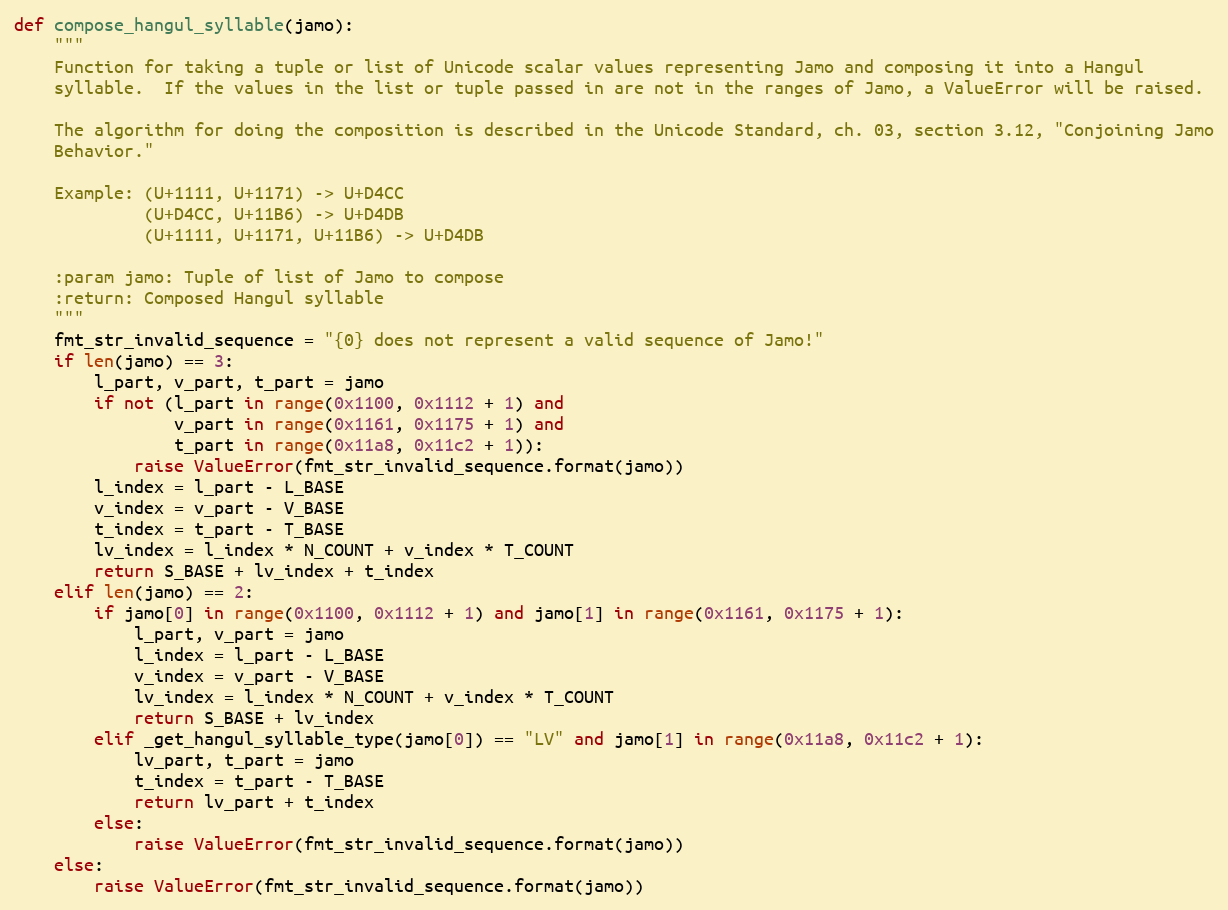
Language: Python
def compose_hangul_syllable(jamo):
    """
    Function for taking a tuple or list of Unicode scalar values representing Jamo and composing it into a Hangul
    syllable.  If the values in the list or tuple passed in are not in the ranges of Jamo, a ValueError will be raised.

    The algorithm for doing the composition is described in the Unicode Standard, ch. 03, section 3.12, "Conjoining Jamo
    Behavior."

    Example: (U+1111, U+1171) -> U+D4CC
             (U+D4CC, U+11B6) -> U+D4DB
             (U+1111, U+1171, U+11B6) -> U+D4DB

    :param jamo: Tuple of list of Jamo to compose
    :return: Composed Hangul syllable
    """
    fmt_str_invalid_sequence = "{0} does not represent a valid sequence of Jamo!"
    if len(jamo) == 3:
        l_part, v_part, t_part = jamo
        if not (l_part in range(0x1100, 0x1112 + 1) and
                v_part in range(0x1161, 0x1175 + 1) and
                t_part in range(0x11a8, 0x11c2 + 1)):
            raise ValueError(fmt_str_invalid_sequence.format(jamo))
        l_index = l_part - L_BASE
        v_index = v_part - V_BASE
        t_index = t_part - T_BASE
        lv_index = l_index * N_COUNT + v_index * T_COUNT
        return S_BASE + lv_index + t_index
    elif len(jamo) == 2:
        if jamo[0] in range(0x1100, 0x1112 + 1) and jamo[1] in range(0x1161, 0x1175 + 1):
            l_part, v_part = jamo
            l_index = l_part - L_BASE
            v_index = v_part - V_BASE
            lv_index = l_index * N_COUNT + v_index * T_COUNT
            return S_BASE + lv_index
        elif _get_hangul_syllable_type(jamo[0]) == "LV" and jamo[1] in range(0x11a8, 0x11c2 + 1):
            lv_part, t_part = jamo
            t_index = t_part - T_BASE
            return lv_part + t_index
        else:
            raise ValueError(fmt_str_invalid_sequence.format(jamo))
    else:
        raise ValueError(fmt_str_invalid_sequence.format(jamo))